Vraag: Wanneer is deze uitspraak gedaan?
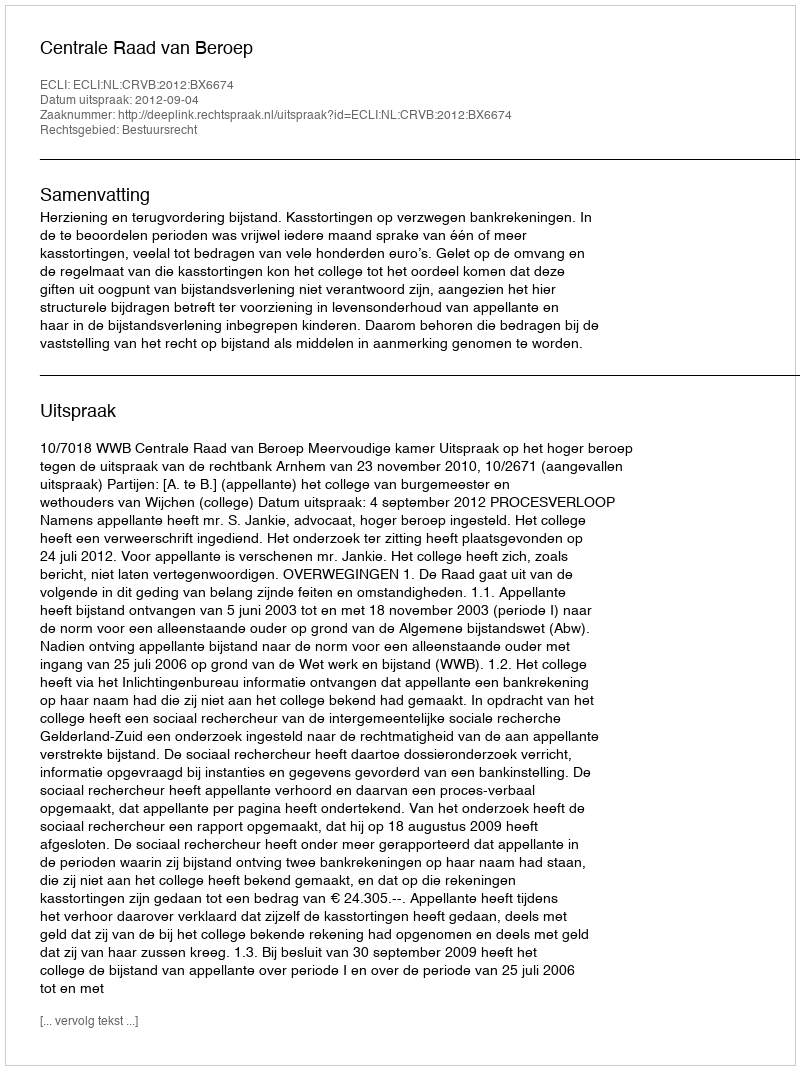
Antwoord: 2012-09-04